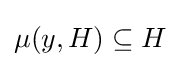
\mu (y,H)\subseteq H